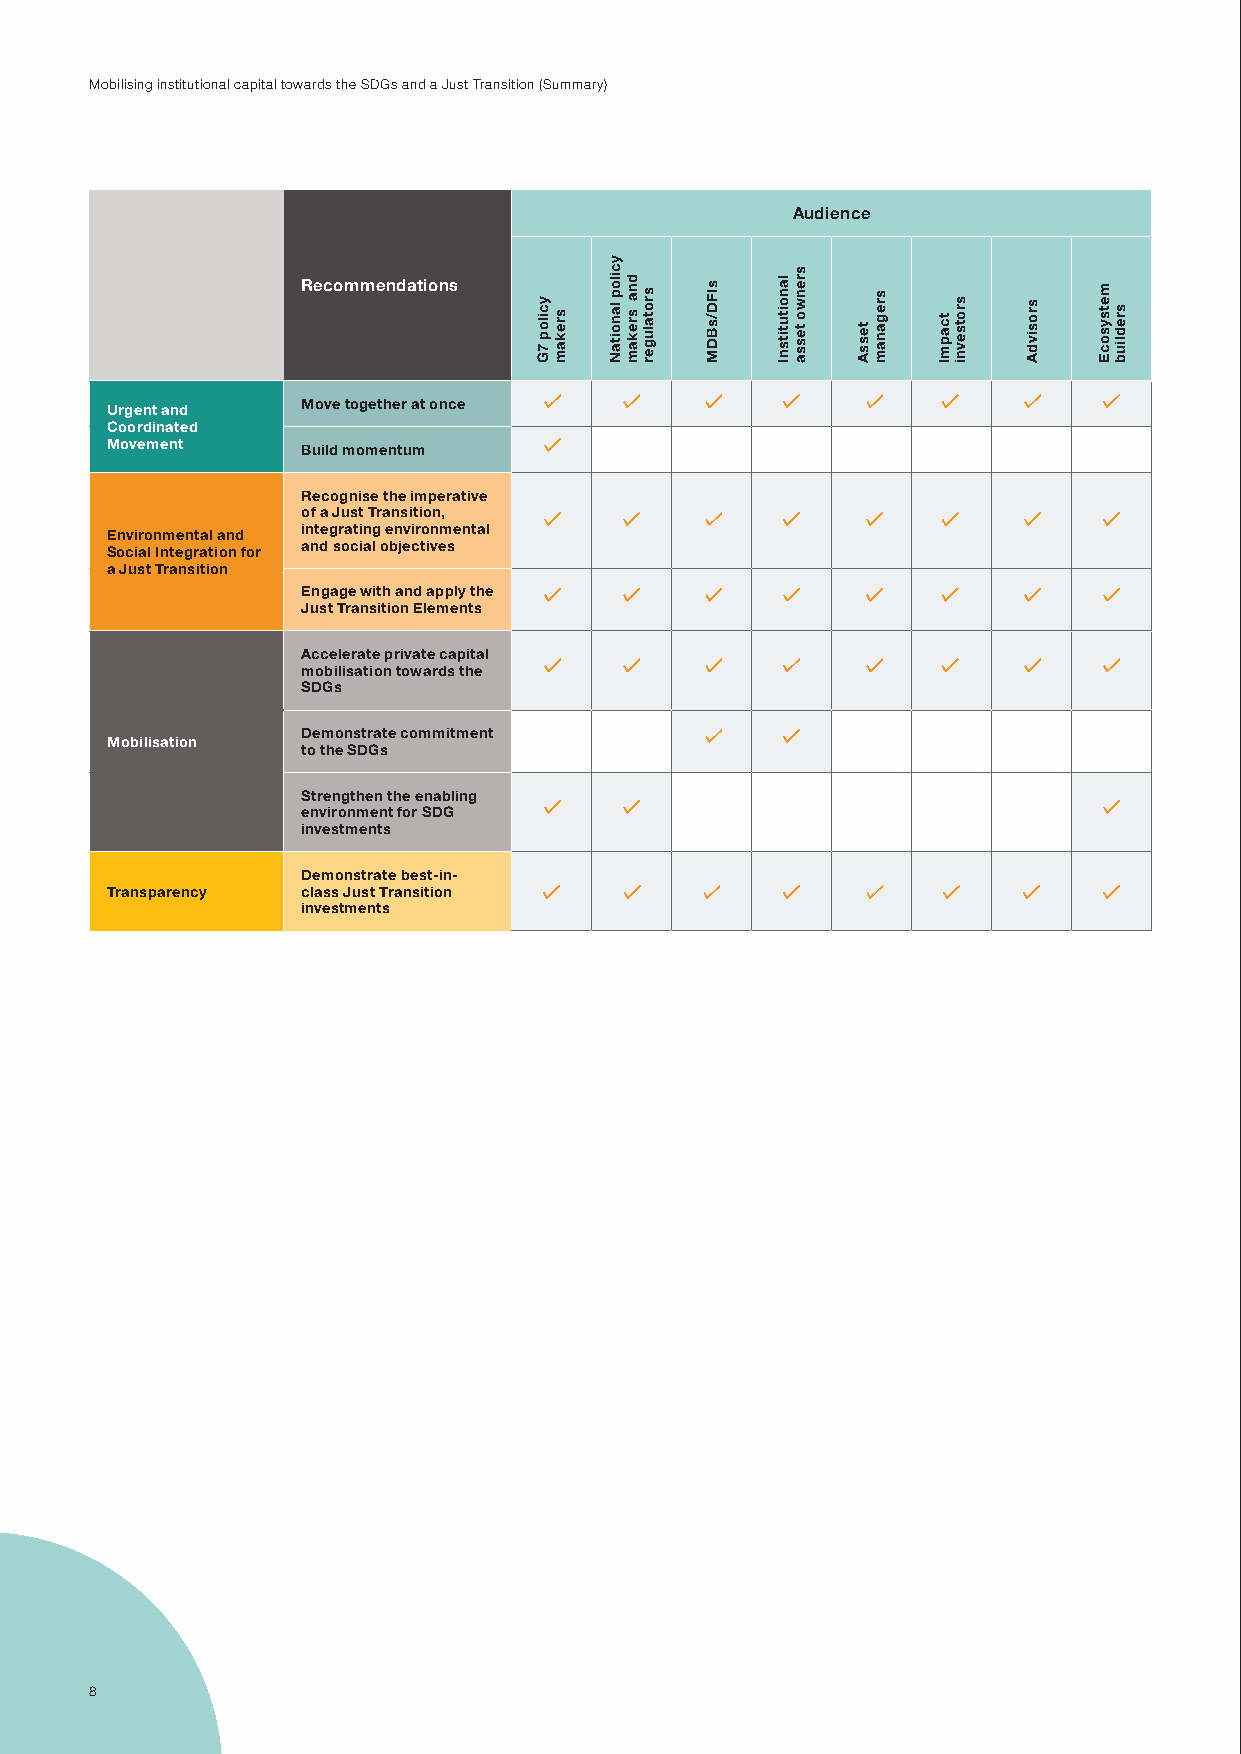
mobilising institutional capital towards the sdGs and a Just transition (summary)
 Audience
 Recommendations
 Move together at once
 Urgent and
 Coordinated
 Movement
 Build momentum
 Recognise the imperative
 of a Just Transition,
 Environmental and integrating environmental
 Social Integration for and social objectives
 a Just Transition
 Engage with and apply the
 Just Transition Elements
 Accelerate private capital
 mobilisation towards the
 SDGs
 Demonstrate commitment
 Mobilisation
 to the SDGs
 Strengthen the enabling
 environment for SDG
 investments
 Demonstrate best-in-
 Transparency class Just Transition
 investments
 8
 ycilop
 7G
 srekam
 ycilop
 lanoitaN dna srekam srotaluger sIFD/sBDM lanoitutitsnI
 srenwo
 tessa tessA
 sreganam tcapmI srotsevni srosivdA metsysocE sredliub